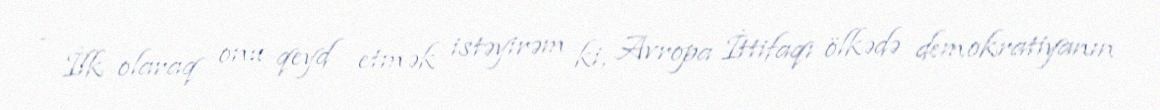
- İlk olaraq onu qeyd etmək istəyirəm ki, Avropa İttifaqı ölkədə demokratiyanın